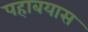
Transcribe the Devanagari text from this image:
पहाबयास